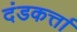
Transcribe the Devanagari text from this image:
दंडकर्त्ता